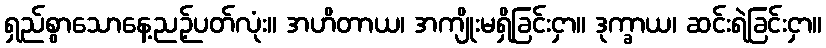
ရှည်စွာသောနေ့ညဉ့်ပတ်လုံး။ အဟိတာယ၊ အကျိုးမရှိခြင်းငှာ။ ဒုက္ခာယ၊ ဆင်းရဲခြင်းငှာ။